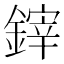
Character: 𨫃